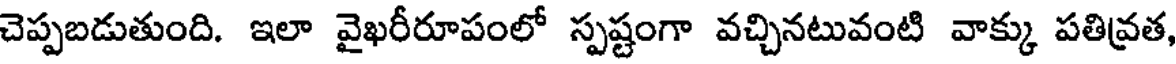
చెప్పబడుతుంది. ఇలా వైఖరీరూపంలో స్పష్టంగా వచ్చినటువంటి వాక్కు పతివ్రత,